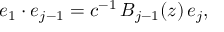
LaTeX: e _ { 1 } \cdot e _ { j - 1 } = c ^ { - 1 } \, B _ { j - 1 } ( z ) \, e _ { j } ,